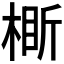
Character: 𬃞